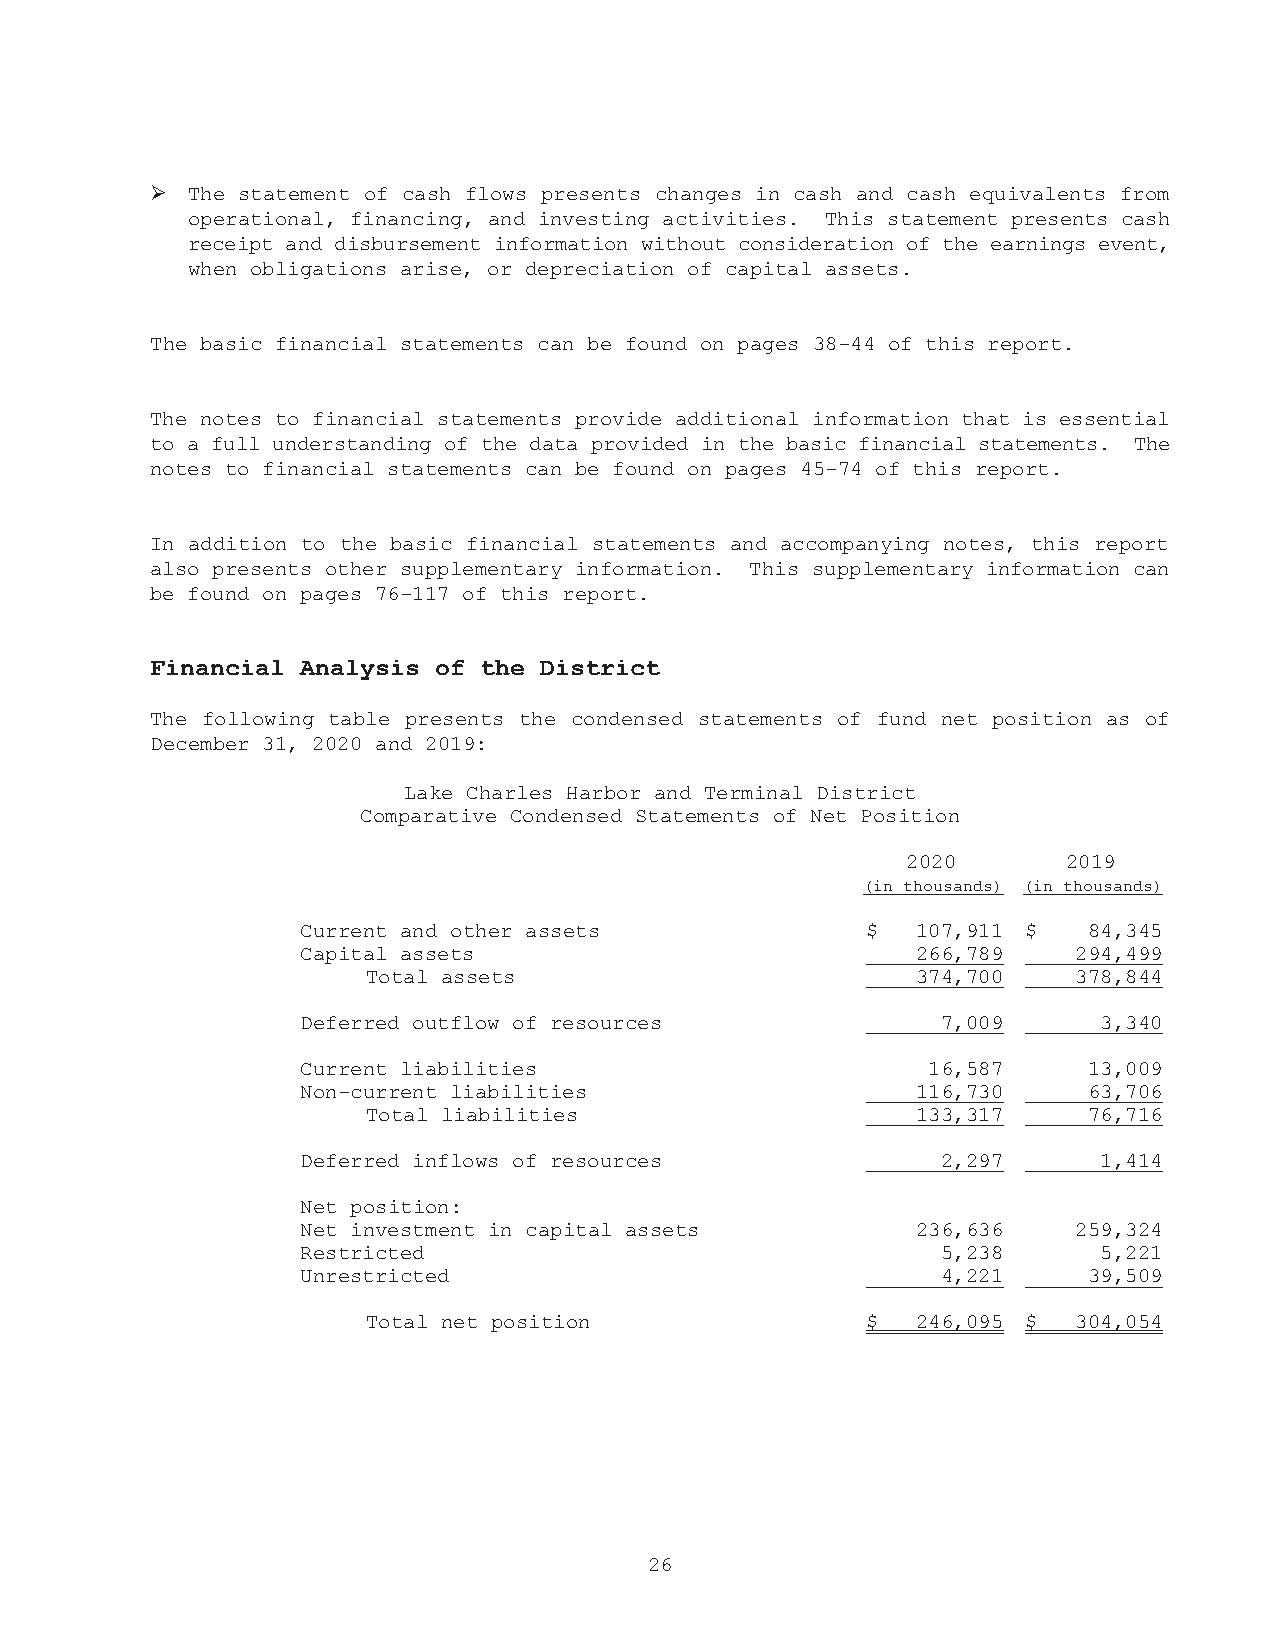
➢
 The statement of cash flows presents changes in cash and cash equivalents from
 operational, financing, and investing activities. This statement presents cash
 receipt and disbursement information without consideration of the earnings event,
 when obligations arise, or depreciation of capital assets.
 The basic financial statements can be found on pages 38-44 of this report.
 The notes to financial statements provide additional information that is essential
 to a full understanding of the data provided in the basic financial statements. The
 notes to financial statements can be found on pages 45-74 of this report.
 In addition to the basic financial statements and accompanying notes, this report
 also presents other supplementary information. This supplementary information can
 be found on pages 76-117 of this report.
 Financial Analysis of the District
 The following table presents the condensed statements of fund net position as of
 December 31, 2020 and 2019:
 Lake Charles Harbor and Terminal District
 Comparative Condensed Statements of Net Position
 2020       2019
 (in thousands) (in thousands)
 Current and other assets             $   107,911 $  84,345
 Capital assets                           266,789   294,499
 Total assets                         374,700   378,844
 Deferred outflow of resources             7,009      3,340
 Current liabilities                      16,587     13,009
 Non-current liabilities                  116,730    63,706
 Total liabilities                    133,317    76,716
 Deferred inflows of resources             2,297      1,414
 Net position:
 Net investment in capital assets         236,636   259,324
 Restricted                                5,238      5,221
 Unrestricted                              4,221     39,509
 Total net position               $   246,095 $ 304,054
 26